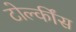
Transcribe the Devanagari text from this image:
टोल्कींस